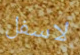
لاسفل